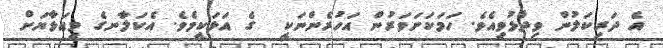
އެ ދަރިކަލުން ވިދާޅުވިއެވެ. ހަމަކަށަވަރުން އަހުރެންނަކީ  ގެ އަޅަކީމެވެ. އެކަލާނގެ މިއަޅާޔަށް